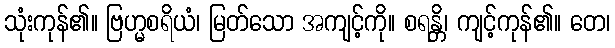
သုံးကုန်၏။ ဗြဟ္မစရိယံ၊ မြတ်သော အကျင့်ကို။ စရန္တိ၊ ကျင့်ကုန်၏။ တေ၊